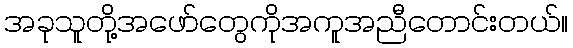
အခုသူတို့အဖော်တွေကိုအကူအညီတောင်းတယ်။